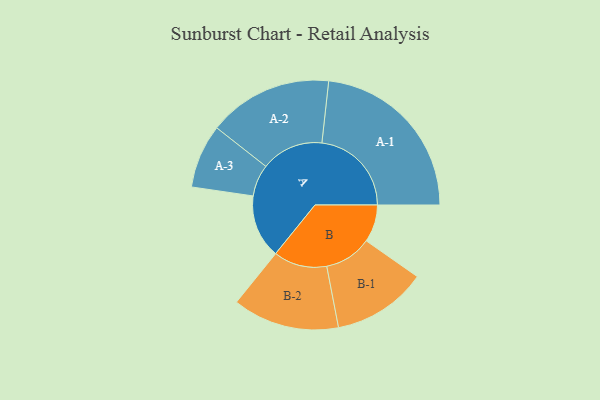
{"axis": {"x": "Segment", "y": "Value"}, "legend": ["", "A", "B"], "data": [{"x": "A", "y": 207, "type": ""}, {"x": "B", "y": 122, "type": ""}, {"x": "A-1", "y": 292, "type": "A"}, {"x": "A-2", "y": 203, "type": "A"}, {"x": "A-3", "y": 104, "type": "A"}, {"x": "B-1", "y": 154, "type": "B"}, {"x": "B-2", "y": 174, "type": "B"}]}